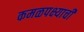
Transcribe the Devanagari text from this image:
कमळपक्ष्याची